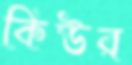
কিউর